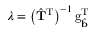
\boldsymbol { \lambda } = \left( \hat { \mathbf { T } } ^ { \mathrm { T } } \right) ^ { - 1 } \mathrm { g } _ { \hat { \mathbf { b } } } ^ { \mathrm { T } }